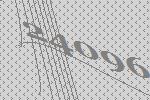
24096